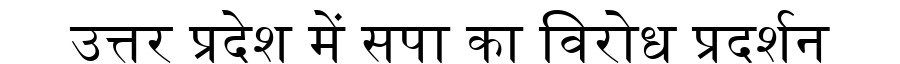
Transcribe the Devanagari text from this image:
उत्तर प्रदेश में सपा का विरोध प्रदर्शन